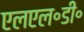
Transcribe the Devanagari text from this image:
एलएल॰डी॰